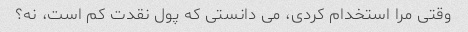
وقتی مرا استخدام کردی، می دانستی که پول نقدت کم است، نه؟